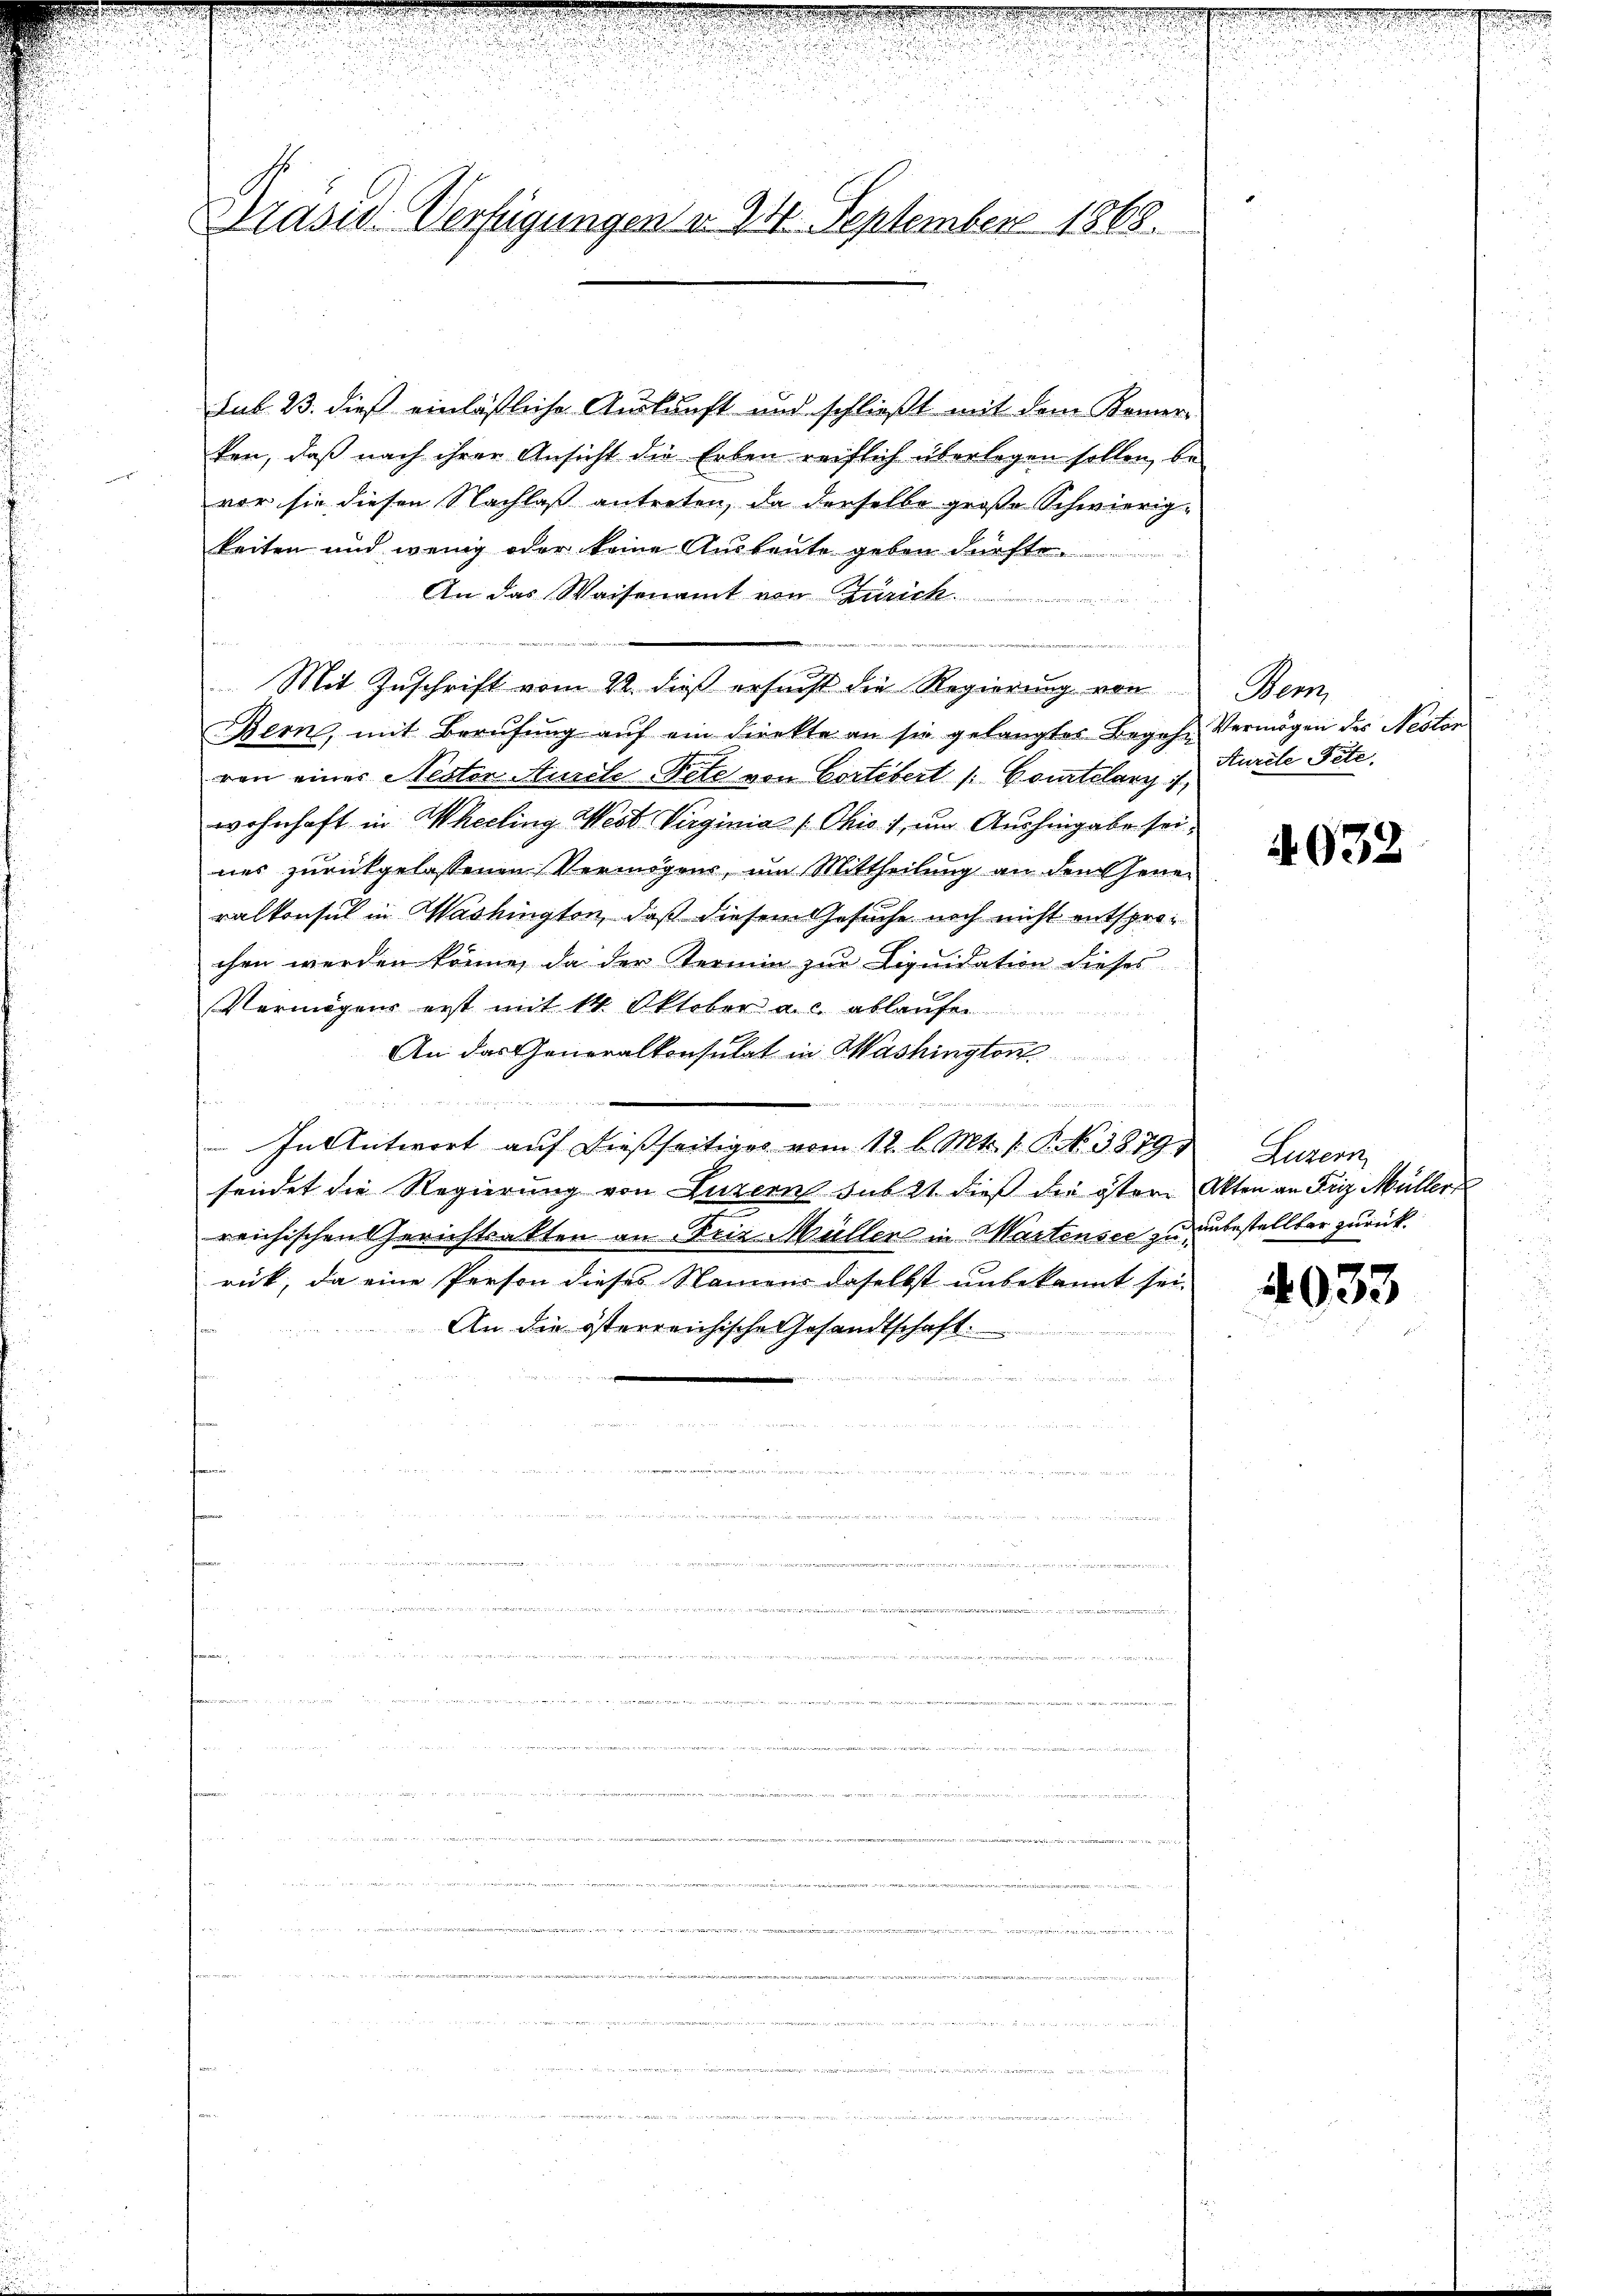
Präsid. Verfügungen d. 24. September 1868.

¬

sub. 23. dieß einläßliche Auskunft und schließt mit dem Keiner-
ken, daß nach ihrer Ansicht die Erben reiflich überlegen sollen, be-
vor sie diesen Nachlaß antreten, da derselbe große Schwierig-
keiten und wenig oder keine Ausbeute geben dürfte.
An das Waisenamt von Zürich.
dem Herrn Bestimmen in dem
berdieser den seien eine
Mit Zuschrift vom 22. dieß ersucht die Regierung von
Bern, mit Berufung auf ein Direkte an sie gelangter Begehr
ven eines Nester Aurcle-Pete von Cortebert /: Courtelary 1
wohnhaft in Wheeling West. Virginia (Okis), um Aushingabe sei
nes zurückgelassenen Vermögens, um Mittheilung an den Genei
ralkonsul in Washington, daß diesem Gesuche noch nicht entsprochen werden könne, da der Termin zur Liquidation dieses
Vermögens erst mit 14 Oktober als ablaufen

An das Generalkonsulat in Washington
in einen einen
In Antwort auf dießseitiges vom 12. l. Mts. 1. P. Nr. 3879, Luzern,
sendet die Regierung von Luzern sub 2t dieß die östere Akten an Friz Müller
reichischen Gerichtsakten an Frie Müller in Martensee zu unbestellbar zurück.
rick, da eine Person dieses Namens daselbst unbekannt sei
An die österreichische Gesandtschaft.

u
un
g
union
.
 innen an

de den werde ich wie in ich in den in der       den

et werde

etinen
  u. Mann es sein, wenig, das an. 1. 15.
a
.
n

eengere

Wenn
Vermögen des Nester
Kurde Pete

4032

4033